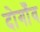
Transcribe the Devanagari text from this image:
दोगाँव